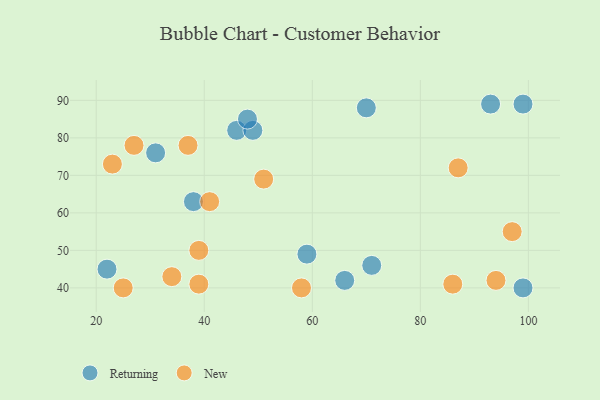
{"axis": {"x": "GDP", "y": "Life Expectancy"}, "legend": ["New", "Returning"], "data": [{"x": "46", "y": 82, "type": "Returning"}, {"x": "49", "y": 82, "type": "Returning"}, {"x": "22", "y": 45, "type": "Returning"}, {"x": "99", "y": 40, "type": "Returning"}, {"x": "48", "y": 85, "type": "Returning"}, {"x": "71", "y": 46, "type": "Returning"}, {"x": "93", "y": 89, "type": "Returning"}, {"x": "99", "y": 89, "type": "Returning"}, {"x": "31", "y": 76, "type": "Returning"}, {"x": "66", "y": 42, "type": "Returning"}, {"x": "59", "y": 49, "type": "Returning"}, {"x": "38", "y": 63, "type": "Returning"}, {"x": "70", "y": 88, "type": "Returning"}, {"x": "25", "y": 40, "type": "New"}, {"x": "51", "y": 69, "type": "New"}, {"x": "97", "y": 55, "type": "New"}, {"x": "58", "y": 40, "type": "New"}, {"x": "27", "y": 78, "type": "New"}, {"x": "41", "y": 63, "type": "New"}, {"x": "94", "y": 42, "type": "New"}, {"x": "37", "y": 78, "type": "New"}, {"x": "87", "y": 72, "type": "New"}, {"x": "34", "y": 43, "type": "New"}, {"x": "23", "y": 73, "type": "New"}, {"x": "86", "y": 41, "type": "New"}, {"x": "39", "y": 50, "type": "New"}, {"x": "39", "y": 41, "type": "New"}]}